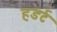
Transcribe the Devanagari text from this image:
हडर्ट